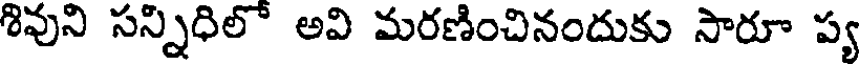
శివుని సన్నిధిలో అవి మరణించినందుకు సారూ ప్య